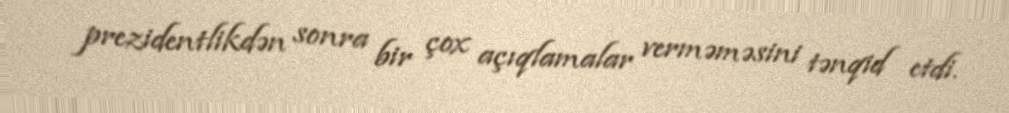
prezidentlikdən sonra bir çox açıqlamalar verməməsini tənqid etdi.